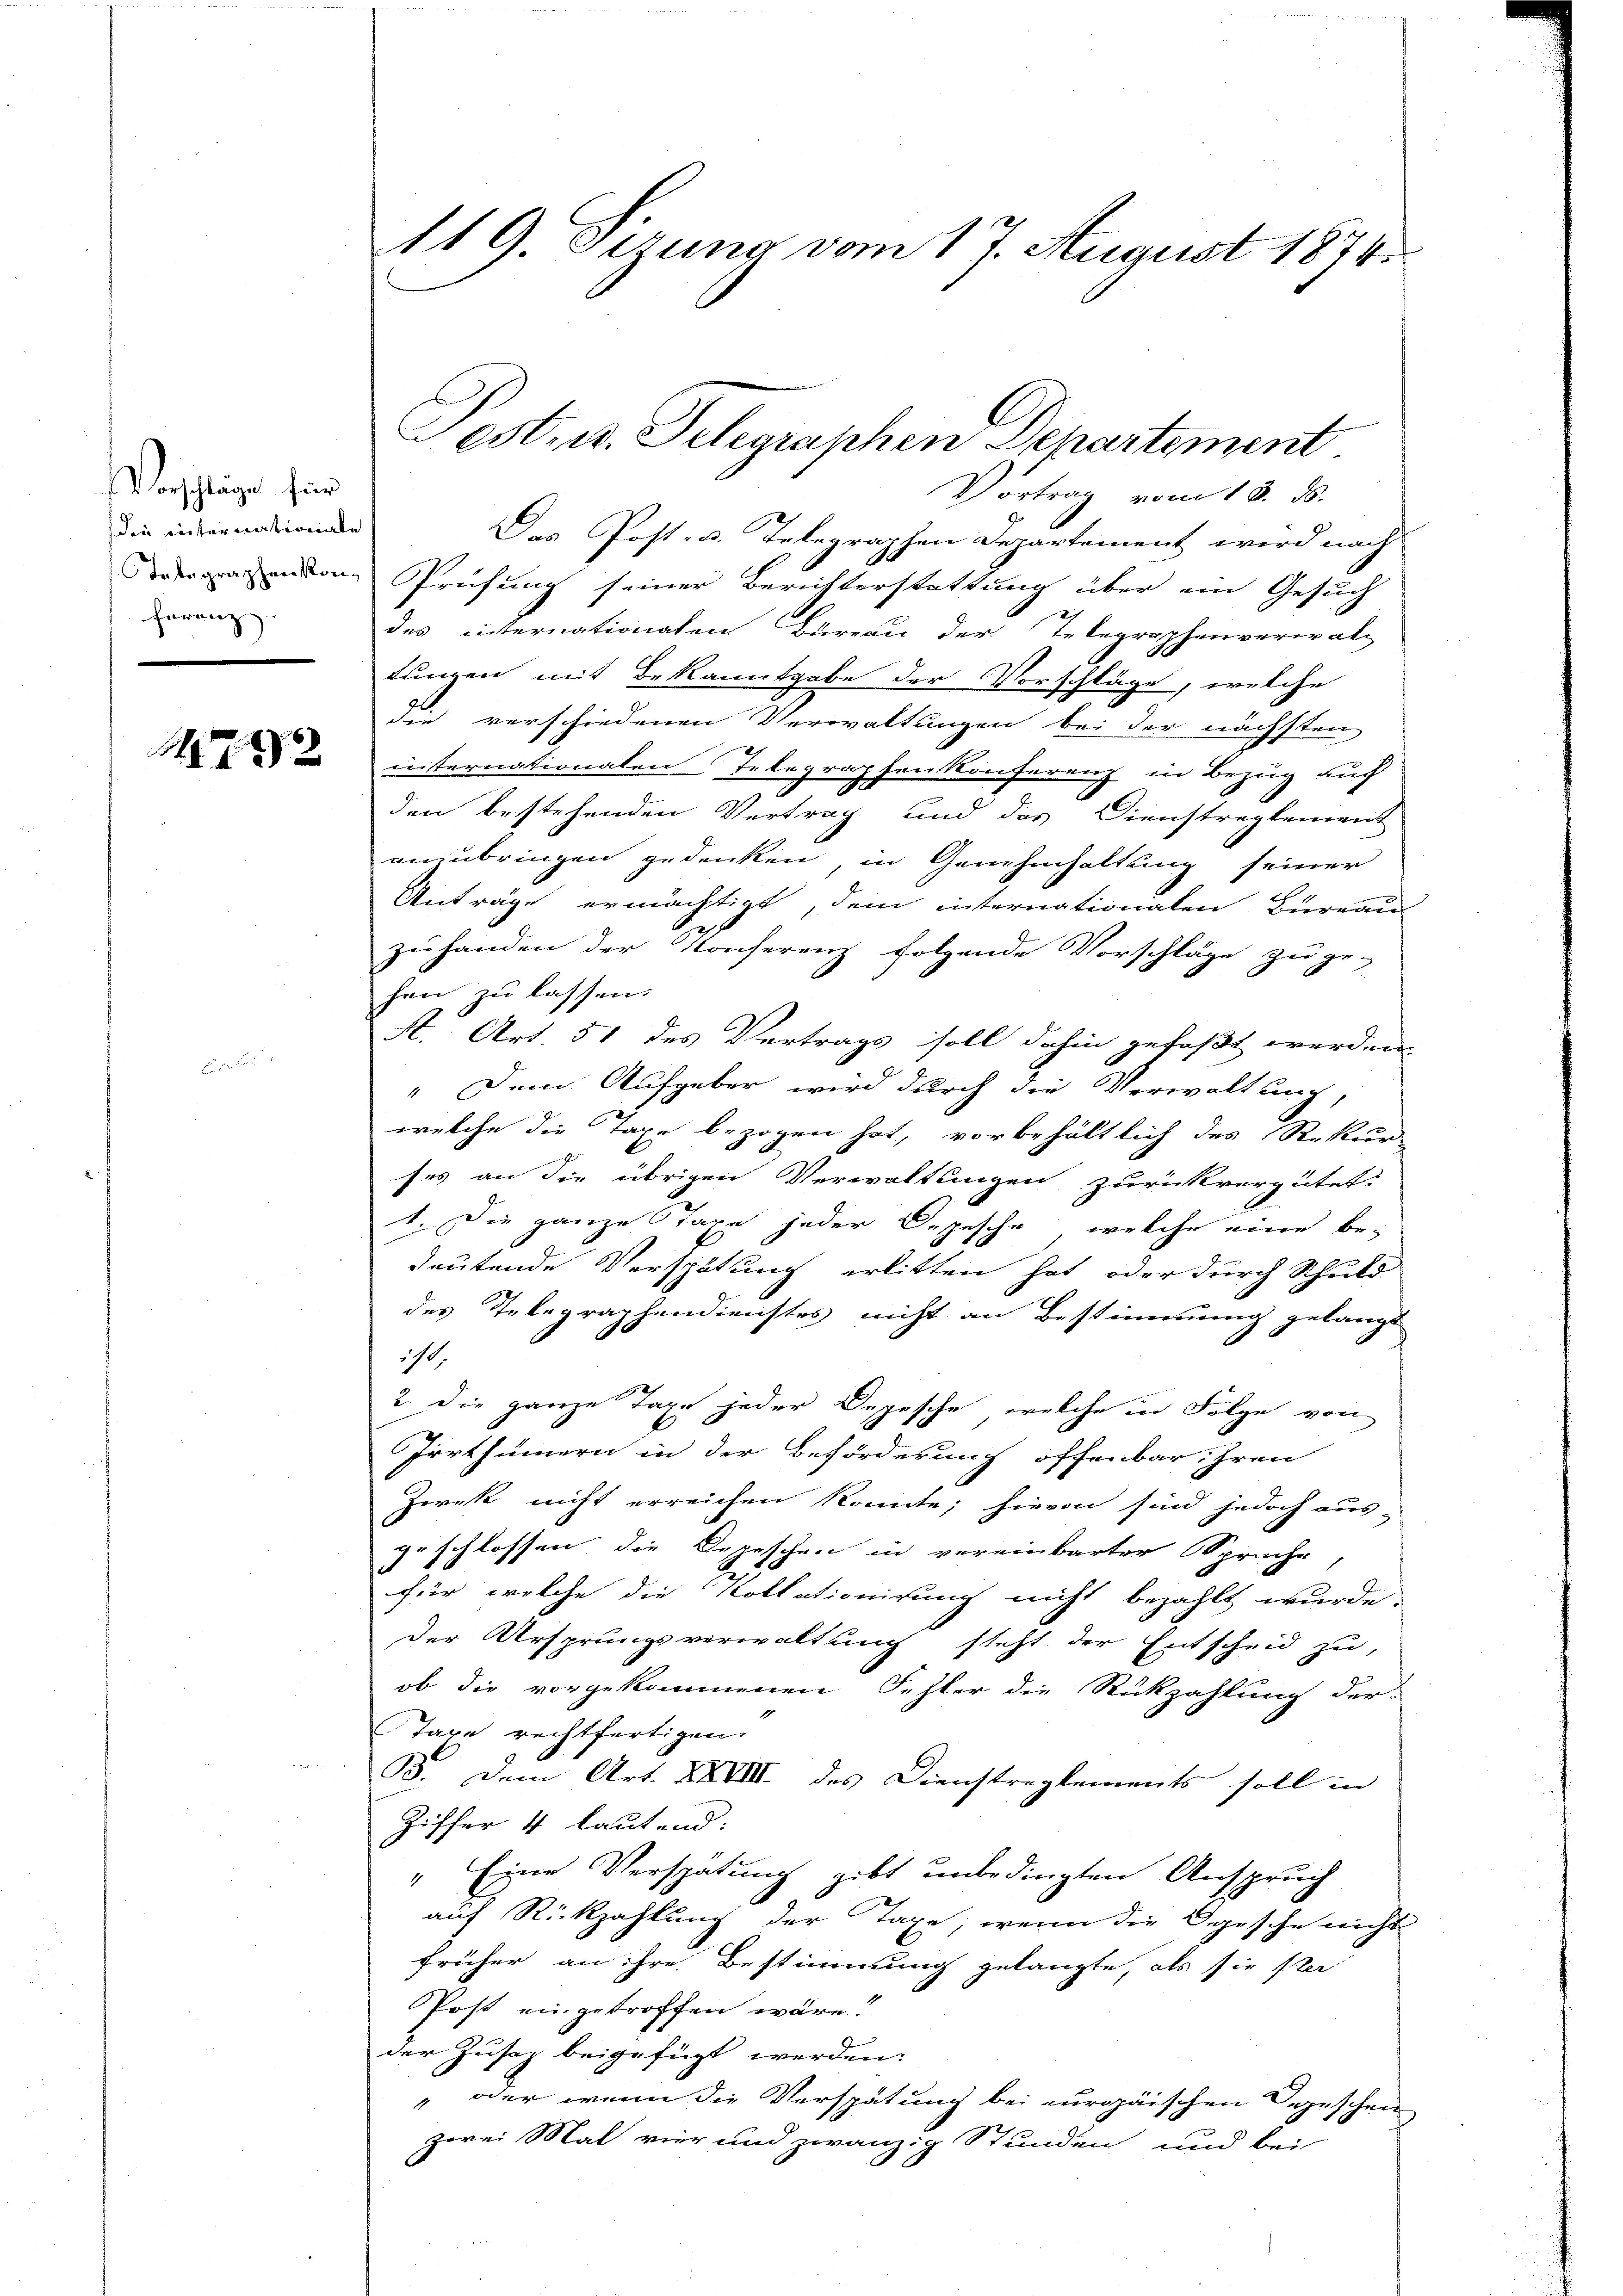
Vorschläge für
die internationale
ferenz

1223

119. Sizung vom 17. August 1874.

Vortrag vom 13. ds.
Das Post- u. Telegraphen Departement wird nach
nden Prüfung seiner Berichterstattung über ein Gesuch
des internationalen Bureau der Telegraphenverwal¬
Lungen mit Bekanntgabe der Vorschläge, welche
die verschiedenen Verwaltungen bei der nächsten
internationalen Telegraphen Konferenz in Bezug auf
den bestehenden Vertrag und das Dienstreglement
anzubringen gedenken, in Genehmhaltung seiner
Anträge ermächtigt, dem internationalen Bureau
zuhanden der Konferenz folgende Vorschläge zuge-
hen zu lassen.
A. Art. 51 des Vertrags soll dahin gefaßt werden.
„Dem Aufgeber wird durch die Verwaltung
welche die Taxe bezogen hat, vorbehältlich des Rekurses an die übrigen Verwaltungen zurückvergütet.
1. Die ganze Tage jeder Depesche, welche eine bedeutende Verspätung erlitten hat, oder durch Schuld
des Telegraphendienstes nicht an Bestimmung gelangt
ist.
2 die ganze Taxe jeder Depesche, welche in Folge von
Irrthümern in der Beförderung offenbar ihren
Zweck nicht erreichen könnte; hievon sind jedoch aus-
geschlossen, die Depeschen in vereinbarter Sprache
für welche die Kollationirung nicht bezahlt wurde.
der Ursprungsverwaltung steht der Entscheid zu,
ob die vorgekommenen Fehler die Rückzahlung der
Tage rechtfertigen.
33. Dem Art. XXVIII des Dienstreglements soll in
Ziffer 4 lautend.
" Eine Verspätung gibt unbedingten Anspruch
auf Rückzahlung der Tage, wenn die gesche nicht
früher an ihre Bestimmung gelangte, als sie ste
Post eingetroffen wäre?
der Zusaz beigefügt werden.
" oder wenn die Verspätung bei europäischen Depeschen
zwei Mal vier und zwanzig Stunden und bei

Pest- u. Telegraphen Departement.